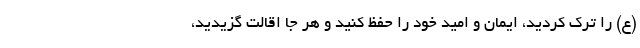
(ع) را ترک کردید، ایمان و امید خود را حفظ کنید و هر جا اقالت گزیدید،